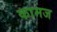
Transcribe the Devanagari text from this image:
कामज